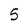
Character: 5